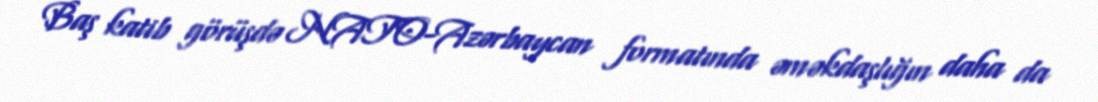
Baş katib görüşdə NATO-Azərbaycan formatında əməkdaşlığın daha da